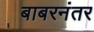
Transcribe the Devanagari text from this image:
बाबरनंतर